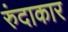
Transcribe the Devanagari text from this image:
रुंदाकार